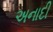
અનાદી